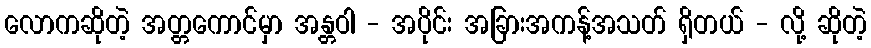
လောကဆိုတဲ့ အတ္တကောင်မှာ အန္တဝါ - အပိုင်း အခြားအကန့်အသတ် ရှိတယ် - လို့ ဆိုတဲ့